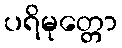
ပရိမုတ္တော